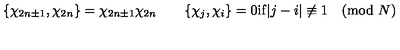
\{ \chi _ { 2 n \pm 1 } , \chi _ { 2 n } \} = \chi _ { 2 n \pm 1 } \chi _ { 2 n } \qquad \{ \chi _ { j } , \chi _ { i } \} = 0 \mathrm { i f } | j - i | \not \equiv 1 \pmod { N }